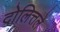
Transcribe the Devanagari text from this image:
दोलित्तले